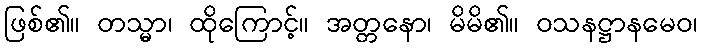
ဖြစ်၏။ တသ္မာ၊ ထိုကြောင့်။ အတ္တနော၊ မိမိ၏။ ဝသနဋ္ဌာနမေဝ၊